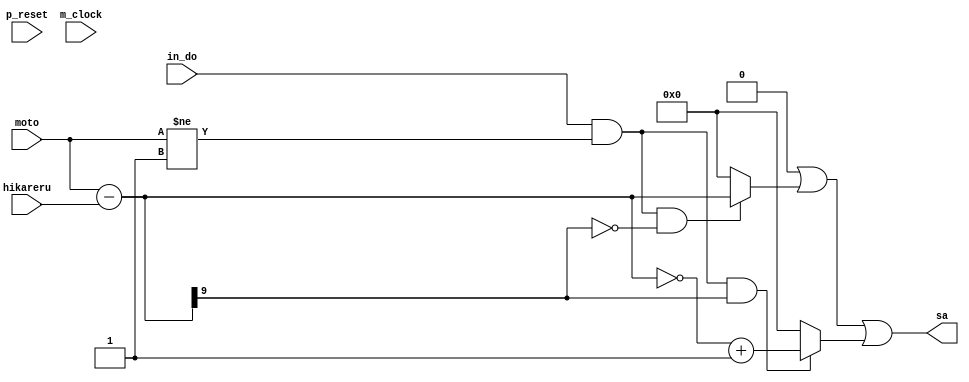

/*Produced by NSL Core(version=20211030), IP ARCH, Inc. Mon Jan  9 14:47:46 2023
 Licensed to :EVALUATION USER*/
/*
 DO NOT USE ANY PART OF THIS FILE FOR COMMERCIAL PRODUCTS. 
*/

module sub_plot ( p_reset , m_clock , hikareru , moto , sa , in_do );
  input p_reset, m_clock;
  wire p_reset, m_clock;
  input [9:0] hikareru;
  wire [9:0] hikareru;
  input [9:0] moto;
  wire [9:0] moto;
  output [9:0] sa;
  wire [9:0] sa;
  input in_do;
  wire in_do;
  wire [9:0] result;
  wire _net_0;
  wire _net_1;
  wire _net_2;
  wire _net_3;
  wire _net_4;
  wire _net_5;
  wire _net_6;

   assign  result = (moto-hikareru);
   assign  _net_0 = (moto != 10'b0000000001);
   assign  _net_1 = (in_do&_net_0);
   assign  _net_2 = (result[9]);
   assign  _net_3 = (in_do&_net_0);
   assign  _net_4 = ((in_do&_net_0)&_net_2);
   assign  _net_5 = ((in_do&_net_0)&(~_net_2));
   assign  _net_6 = (in_do&(~_net_0));
   assign  sa = ((_net_6)?10'b0000000000:10'b0)|
    ((_net_5)?result:10'b0)|
    ((_net_4)?((~result)+10'b0000000001):10'b0);
endmodule

/*Produced by NSL Core(version=20211030), IP ARCH, Inc. Mon Jan  9 14:47:46 2023
 Licensed to :EVALUATION USER*/